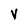
Character: v